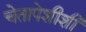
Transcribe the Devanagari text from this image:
चेतापेशीशी